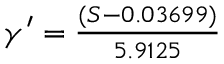
\begin{array} { r } { \gamma ^ { \prime } = { \frac { ( S - 0 . 0 3 6 9 9 ) } { 5 . 9 1 2 5 } } } \end{array}